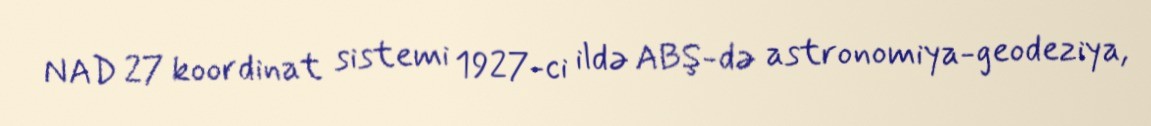
NAD 27 koordinat sistemi 1927-ci ildə ABŞ-də astronomiya-geodeziya,